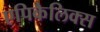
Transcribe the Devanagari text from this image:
एपिकैलिक्स